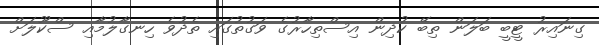
ގިނައިރު ޓީބީ ބަލަން ތިބޭ ކުދިން އިސްތިހާރުގެ ވަގުތުގައި ތެދުވެ ހިނގާލުމާއި ސްކޫލަށް